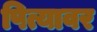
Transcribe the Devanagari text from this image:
पित्यावर